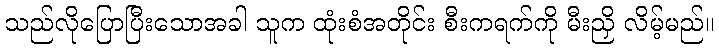
သည်လိုပြောပြီးသောအခါ သူက ထုံးစံအတိုင်း စီးကရက်ကို မီးညှိ လိမ့်မည်။